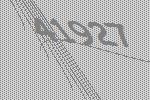
41927